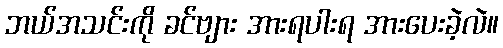
ဘယ်အသင်းကို ခင်ဗျား အားရပါးရ အားပေးခဲ့လဲ။